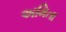
અમિતા